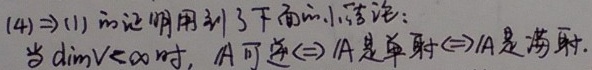
$(4)\Rightarrow(1)$ 的证明用到了下面的小结论：当 $\dim V<\infty$ 时，$A$ 可逆 $\Leftrightarrow A$ 是单射 $\Leftrightarrow A$ 是满射.